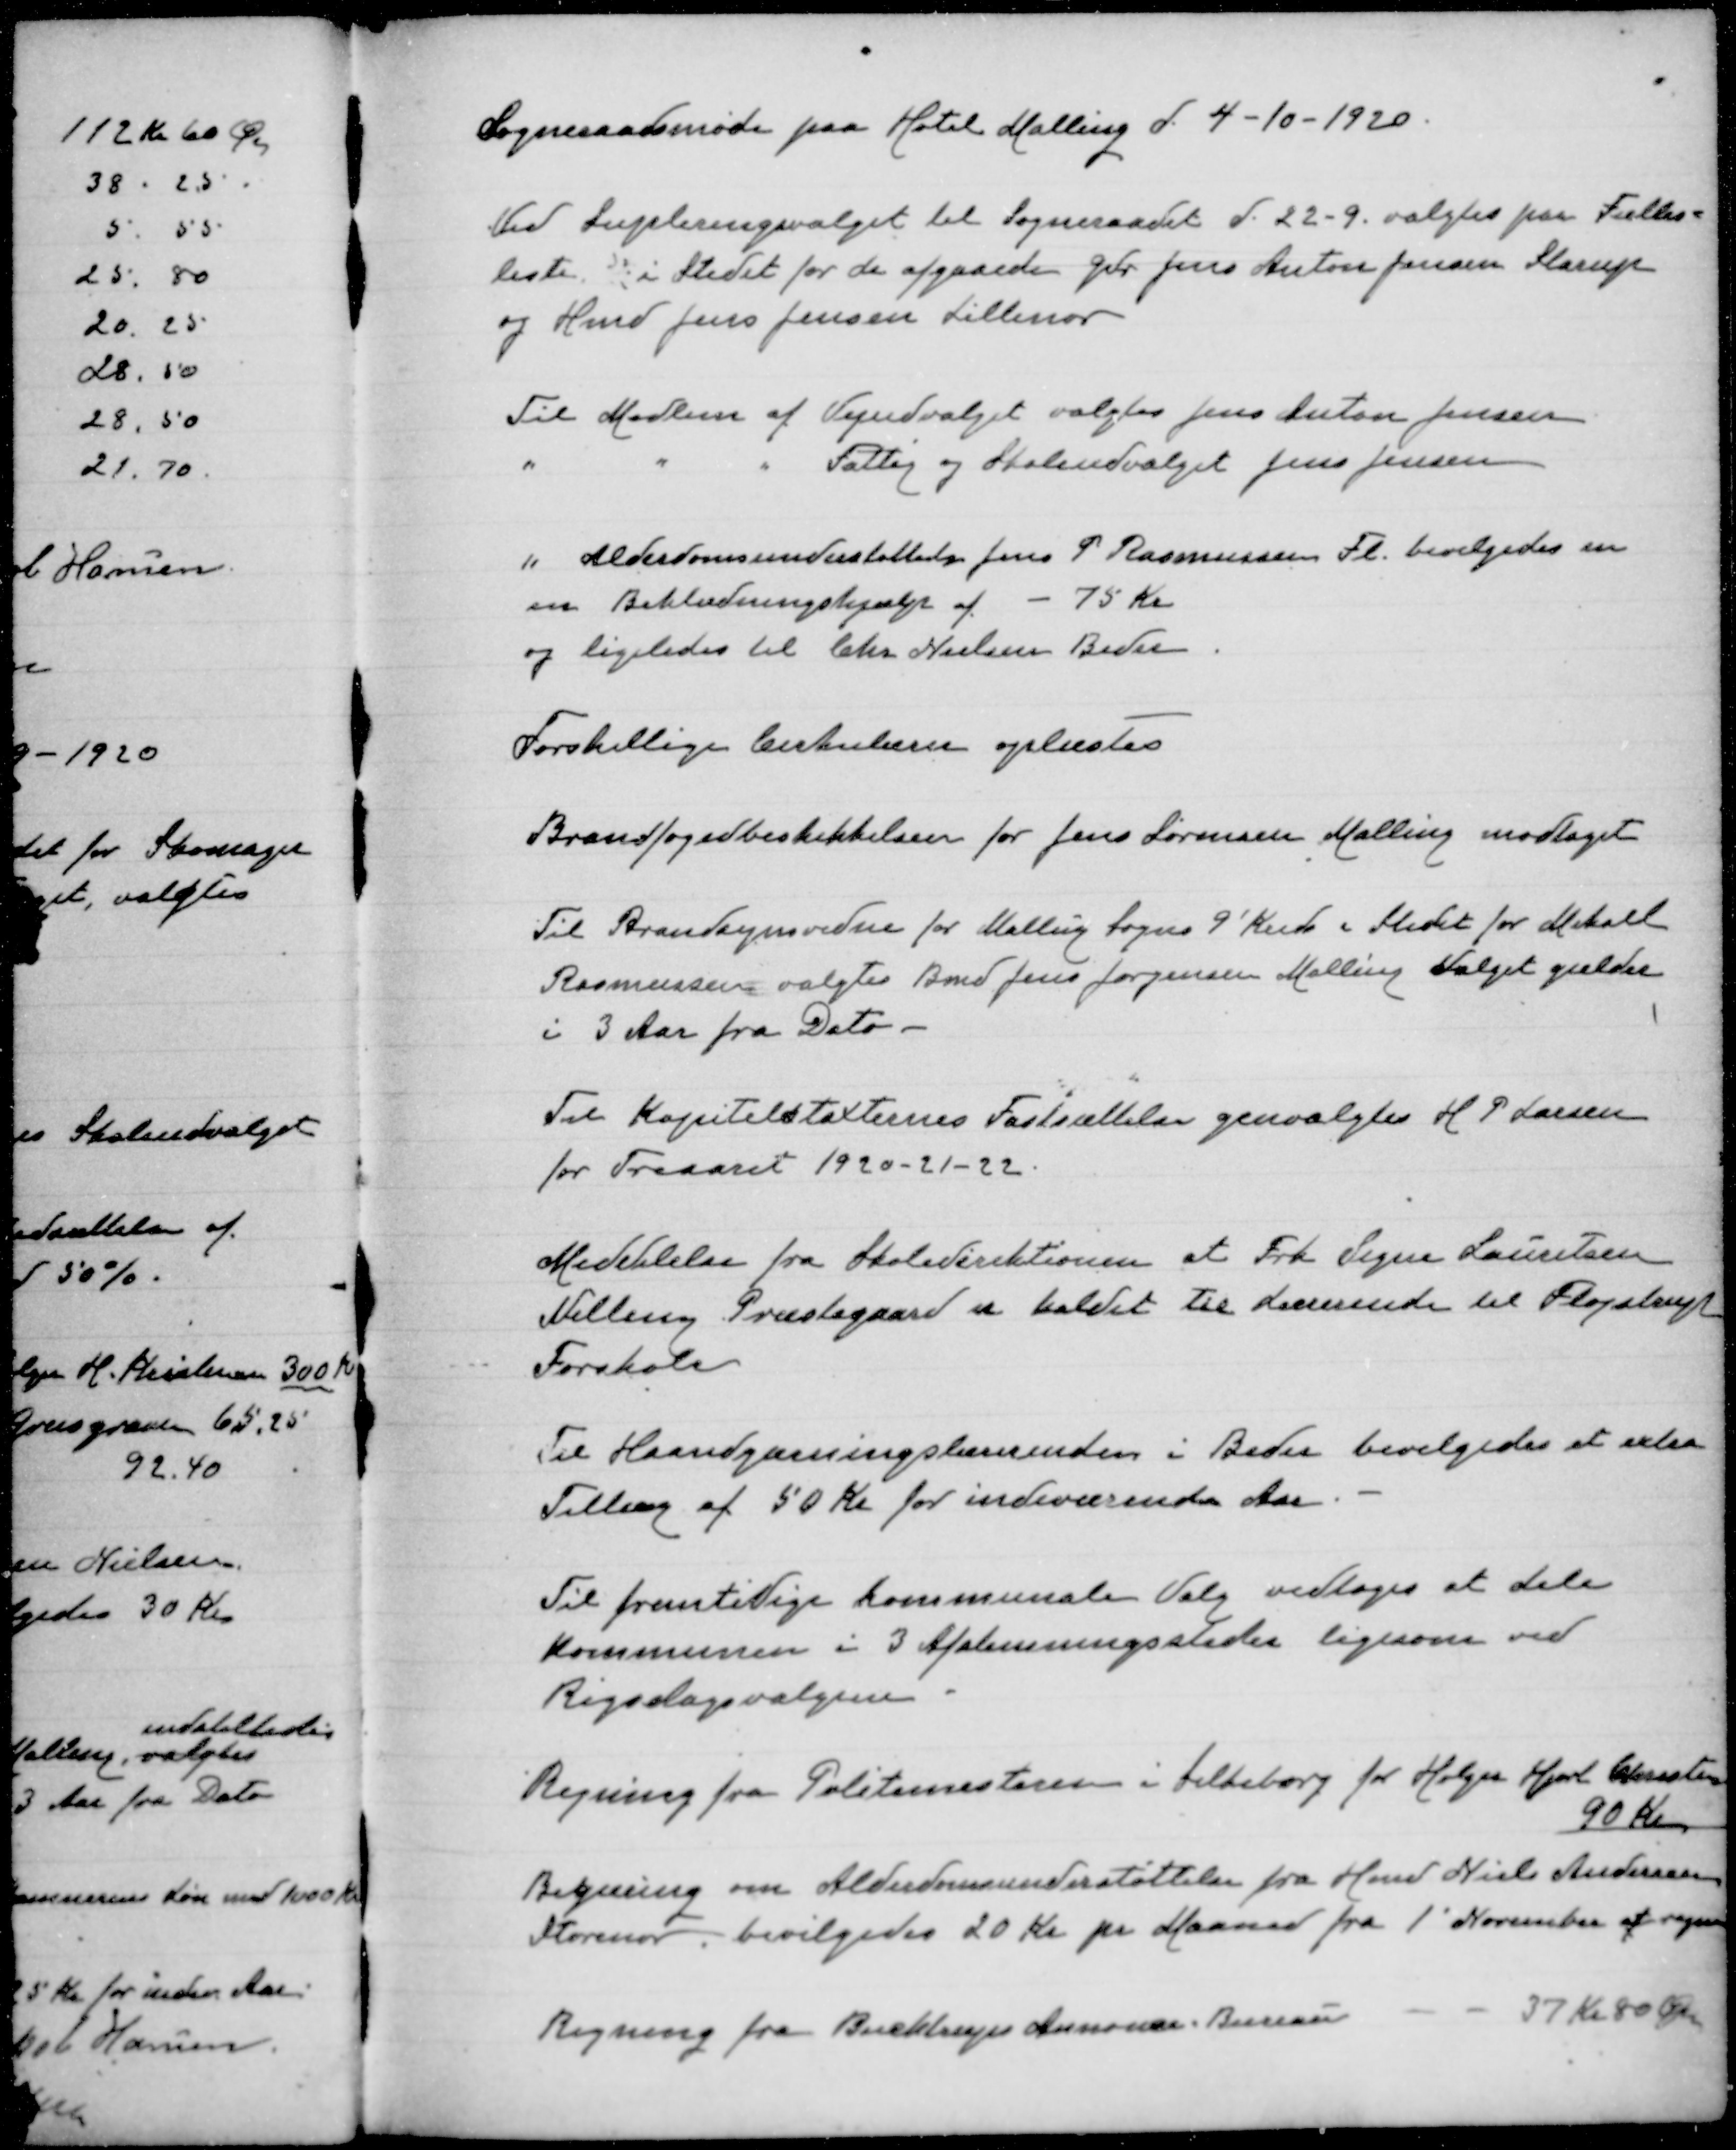
Transskription:
Sogneraadsmøde paa Hotel Malling d. 4-10-1920

Ved Supleringsvalget til Sogneraadet d. 22-9. valgtes paa Fælles=
liste i stedet for de afgaaede Gdr. Jens Anton Jensen Starup
og Hmd Jens Jensen Lillenor

Til Medlem af Vejudvalget valgtes Jens Anton Jensen
"
"
"
Fattig og Skoleudvalget Jens Jensen

" Alderdomsunderstøttede Jens P Rasmussen Fl. bevilgedes en
en Beklædningshjælp af - 75 Kr
og ligeledes til Chr Nielsen Beder

Forskellige Cirkulærer oplæstes

Brandfogedbeskikkelsen for Jens Sørensen Malling modtaget

Til Brandsynsvidne for Malling Sogns 9' Kreds i stedet for Mikael
Rasmussen valgtes Bmd Jens Jørgensen Malling valget gælder
i 3 Aar fra Dato

Til Kapiteltaxternes Fastsættelse genvalgtes H P Larsen
for Treaaret 1920-21-22

Meddelelse fra Skoledirektionen at Frk. Signe Lauritsen
Malling Præstegaard er kaldet til Lærerinde til Fløjstrup
Forskole

Til Haandgærningslærerinden i Beder bevilgedes et extra
Tillæg af 50 Kr for indeværende Aar

Til fremtidige kommunale Valg vedtoges at dele
kommunen i 3 Afstemningssteder ligesom ved
Rigsdagsvalgene

Regning fra Politimesteren i Silkeborg for Holger Hjort Christensen
90
Begæring om Alderdomsunderstøttelse fra Hmd Niels Andersen
Storenor. bevilgedes 20 Kr pr Maaned fra 1' November at regne
Regning fra Buchtrups Annonce Bureau
37 Kr 80 Øre